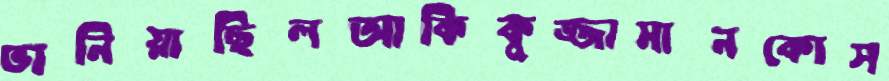
ভানিয়াছিলআকিকুজ্জামানকোস